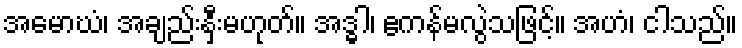
အမောဃံ၊ အချည်းနှီးမဟုတ်။ အဒ္ဓါ၊ ဧကန်မလွဲသဖြင့်။ အဟံ၊ ငါသည်။